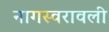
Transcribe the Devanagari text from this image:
नागस्वरावली